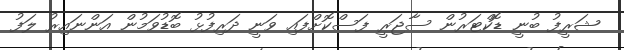
ޝަރީފު ބުނީ ޑޮކްޓަރުން ސާޖަރީ ފަސްކޮށްފައި ވަނީ ދަރިފުޅު ބޮޑުވަމުން އަންނައިރު ލަފު